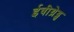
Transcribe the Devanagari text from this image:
ईवीथ्रेड्स